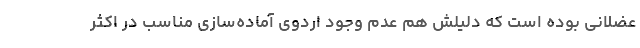
عضلانی بوده است که دلیلش هم عدم وجود اردوی آماده‌سازی مناسب در اکثر